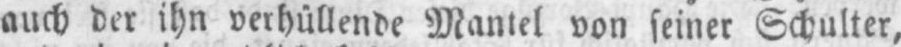
auch der ihn verhüllende Mantel von seiner Schulter,